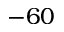
- 6 0